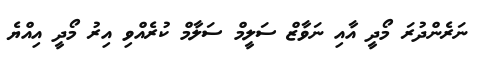
ނަރެންދުރަ މޯދީ އާއި ނަވާޒް ސަލީމް ސަލާމް ކުރެއްވި އިރު މޯދީ އިއްޔެ